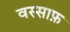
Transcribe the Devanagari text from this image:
वस्साफ़